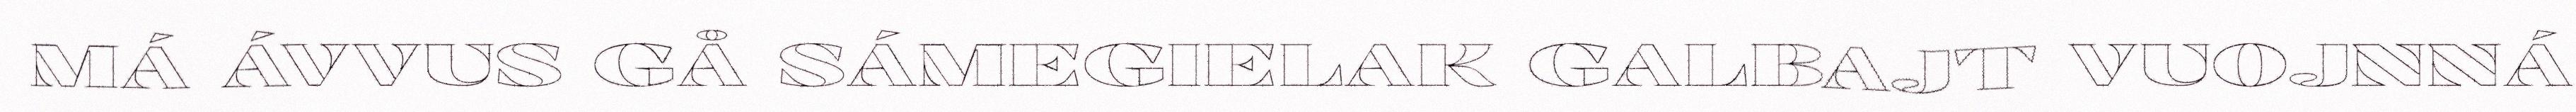
MÁ ÁVVUS GÅ SÁMEGIELAK GALBAJT VUOJNNÁ